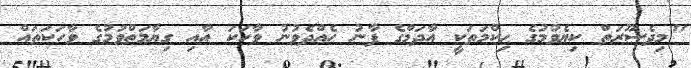
"މިދެސޫރަތް ކިޔެވުމުގެ ޙިކްމަތަކީ އާދަމްގެ ފާނު ހެއްދެވުނު ވާހަކަ އާއި ގިޔާމަތްވުމުގެ ވާހަކަތައް